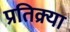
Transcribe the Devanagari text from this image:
प्रतिक्र्या